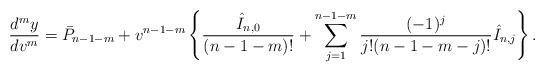
LaTeX: \begin{align*} \frac{d^my}{dv^m}=\bar{P}_{n-1-m}+v^{n-1-m}\left\{\frac{\hat{I}_{n,0}}{(n-1-m)!}+\sum_{j=1}^{n-1-m}\frac{(-1)^j}{j!(n-1-m-j)!}\hat{I}_{n,j}\right\}.\end{align*}